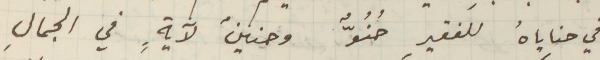
في حناياهُ للفقير حُنُوٌّ وحنينٌ لآيةٍ في الجمالِ